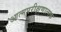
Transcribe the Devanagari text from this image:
आत्मपरीक्षणात्मक